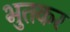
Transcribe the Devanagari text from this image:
भुतकर